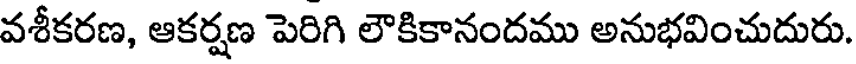
వశీకరణ, ఆకర్షణ పెరిగి లౌకికానందము అనుభవించుదురు.